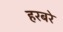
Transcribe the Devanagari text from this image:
हरबरे